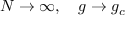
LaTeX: N \to \infty , \quad g \to g _ { c }